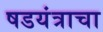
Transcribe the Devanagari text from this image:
षडयंत्राचा